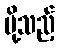
ပို့သည့်